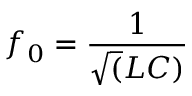
f _ { 0 } = \frac { 1 } { \sqrt ( L C ) }